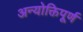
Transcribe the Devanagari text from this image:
अन्योक्तिपूर्ण